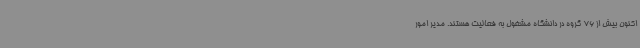
اکنون بیش از 76 گروه در دانشگاه مشغول به فعالیت هستند. مدیر امور